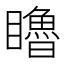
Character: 𥌧